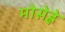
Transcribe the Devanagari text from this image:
मोसेह्ले